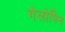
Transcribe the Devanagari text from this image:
गेलोपिन